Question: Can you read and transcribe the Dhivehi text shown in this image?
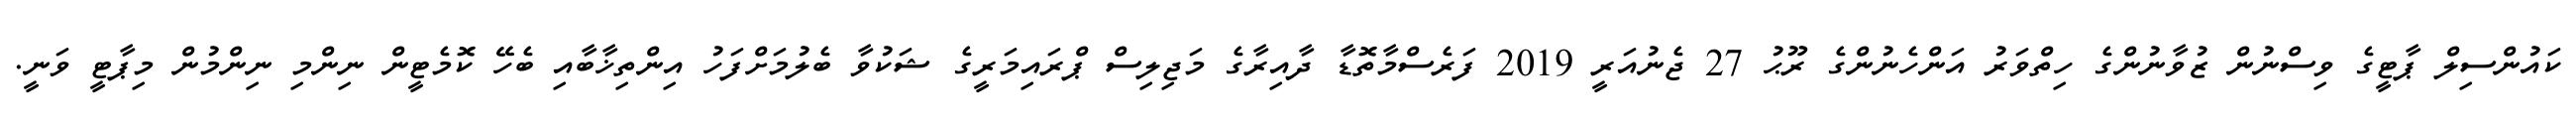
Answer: ކައުންސިލް ޕާޓީގެ ވިސްނުން ޒުވާނުންގެ ހިތްވަރު އަންހެނުންގެ ރޫޙު 27 ޖެނުއަރީ 2019 ފަރެސްމާތޮޑާ ދާއިރާގެ މަޖިލިސް ޕްރައިމަރީގެ ޝަކުވާ ބެލުމަށްފަހު އިންތިޚާބާއި ބެހޭ ކޮމެޓީން ނިންމި ނިންމުން މިޕާޓީ ވަނީ.